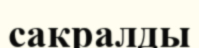
сакралды